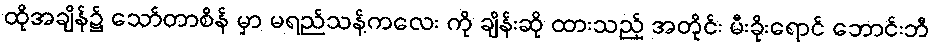
ထိုအချိန်၌ သော်တာစိန် မှာ မရည်သန့်ကလေး ကို ချိန်းဆို ထားသည့် အတိုင်း မီးခိုးရောင် ဘောင်းဘီ